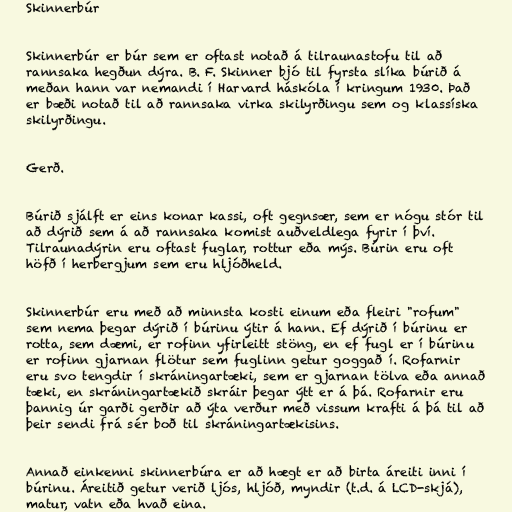
Skinnerbúr

Skinnerbúr er búr sem er oftast notað á tilraunastofu til að
rannsaka hegðun dýra. B. F. Skinner bjó til fyrsta slíka búrið á
meðan hann var nemandi í Harvard háskóla í kringum 1930. Það
er bæði notað til að rannsaka virka skilyrðingu sem og klassíska
skilyrðingu.

Gerð.

Búrið sjálft er eins konar kassi, oft gegnsær, sem er nógu stór til
að dýrið sem á að rannsaka komist auðveldlega fyrir í því.
Tilraunadýrin eru oftast fuglar, rottur eða mýs. Búrin eru oft
höfð í herbergjum sem eru hljóðheld.

Skinnerbúr eru með að minnsta kosti einum eða fleiri "rofum"
sem nema þegar dýrið í búrinu ýtir á hann. Ef dýrið í búrinu er
rotta, sem dæmi, er rofinn yfirleitt stöng, en ef fugl er í búrinu
er rofinn gjarnan flötur sem fuglinn getur goggað í. Rofarnir
eru svo tengdir í skráningartæki, sem er gjarnan tölva eða annað
tæki, en skráningartækið skráir þegar ýtt er á þá. Rofarnir eru
þannig úr garði gerðir að ýta verður með vissum krafti á þá til að
þeir sendi frá sér boð til skráningartækisins.

Annað einkenni skinnerbúra er að hægt er að birta áreiti inni í
búrinu. Áreitið getur verið ljós, hljóð, myndir (t.d. á LCD-skjá),
matur, vatn eða hvað eina.